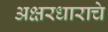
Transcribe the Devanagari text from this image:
अक्षरधाराचे